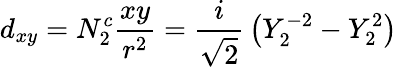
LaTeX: d_{xy}=N_{2}^{c}{\frac{xy}{r^{2}}}={\frac{i}{\sqrt{2}}}\left(Y_{2}^{-2}-Y_{2}^{2}\right)